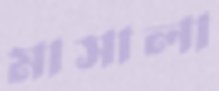
মাসালা